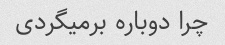
چرا دوباره برمیگردی